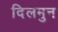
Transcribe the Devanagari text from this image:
दिलमुन